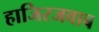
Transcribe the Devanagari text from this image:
हाजिरजवाब